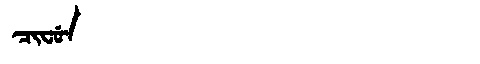
Manchu: ᠴᡳᠸᡠᠨ
Romanization: CIFUN